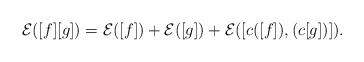
\begin{gather*}{\cal E}([f][g]) = {\cal E}([f]) + {\cal E}([g]) + {\cal E}([c([f]),(c[g])]).\end{gather*}